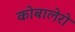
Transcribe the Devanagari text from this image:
कोबालेरो